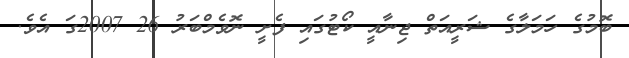
ބޮމުގެ ހަމަލާގެ ޝަރީއަތް ޖިނާއީ ކޯޓުގައި ފެށީ ނޮވެމްބަރު 26 2007ގަ އެވެ.